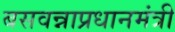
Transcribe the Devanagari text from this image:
बसवन्नाप्रधानमंत्री